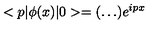
< p | { \phi } ( x ) | 0 > = ( \ldots ) e ^ { i p x }